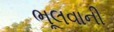
ભૂલવાની